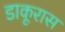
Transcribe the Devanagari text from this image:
डाकूरास